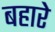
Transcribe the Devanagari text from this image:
बहारे